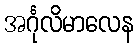
အင်္ဂုလိမာလေန